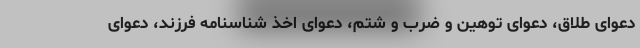
دعوای طلاق، دعوای توهین و ضرب و شتم، دعوای اخذ شناسنامه فرزند، دعوای